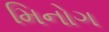
મિનોગ